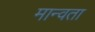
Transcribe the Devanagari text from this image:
मान्वता